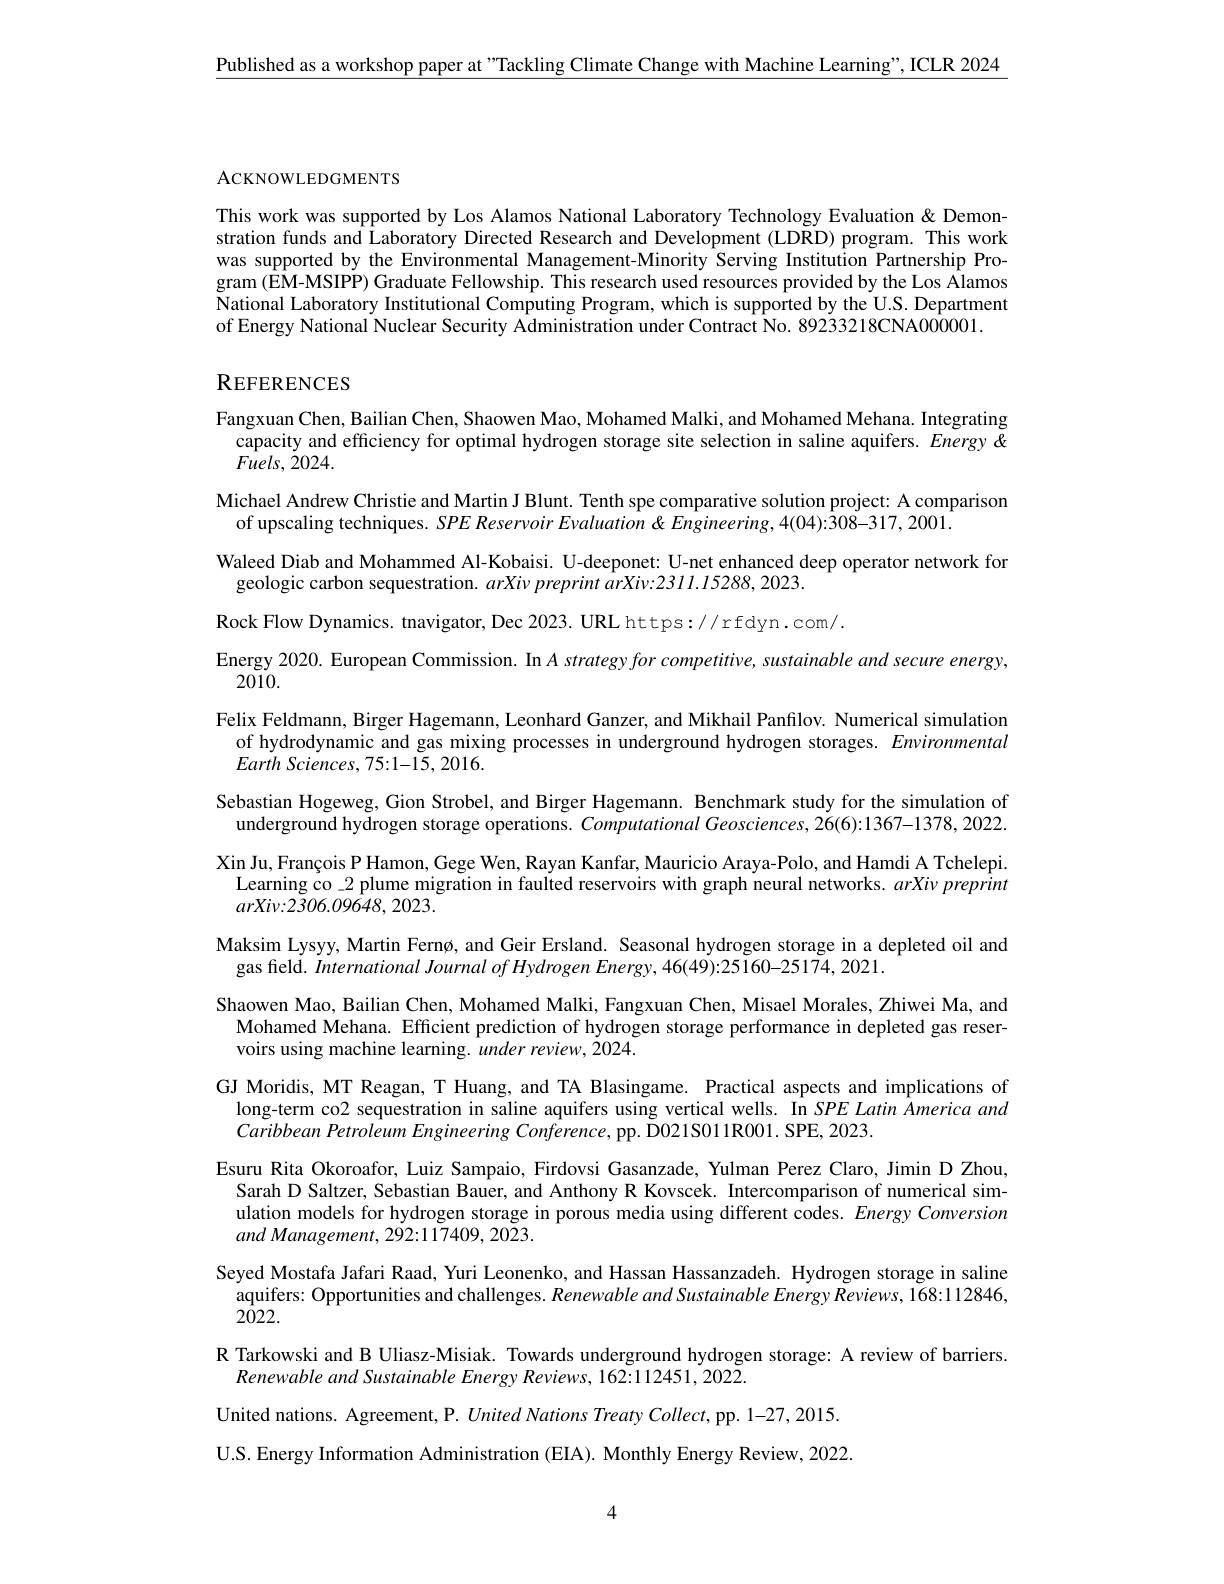
$\underline{\text{Published as a workshop paper at "Tackling Climate Change with Machine Learning", ICLR 2024}}$

ACKNOWLEDGMENTS

This work was supported by Los Alamos National Laboratory Technology Evaluation& Demonstration funds and Laboratory Directed Research and Development (LDRD) program. This work was supported by the Environmental Management-Minority Serving Institution Partnership Program (EM-MSIPP) Graduate Fellowship. This research used resources provided by the Los Alamos National Laboratory Institutional Computing Program, which is supported by the U.S. Department of Energy National Nuclear Security Administration under Contract No. 89233218CNA000001.

## REFERENCES

Fangxuan Chen, Bailian Chen, Shaowen Mao, Mohamed Malki, and Mohamed Mehana. Integrating
capacity and efficiency for optimal hydrogen storage site selection in saline aquifers. Energy &
$Fuels,2024.$
Michael Andrew Christie and Martin J Blunt. Tenth spe comparative solution project: A comparison
of upscaling techniques. SPE Reservoir Evaluation & Engineering, 4(04):308-317, 2001.
Waleed Diab and Mohammed Al-Kobaisi. U-deeponet: U-net enhanced deep operator network for
geologic carbon sequestration. arXivpreprint arXiv:2311.15288,2023.
Rock Flow Dynamics. tnavigator, Dec 2023. URL https:// rfdyn.com/.
Energy 2020. European Commission. In $A\textit{strategyfor competitive, sustainable and secure energy, }$
2010.
Felix Feldmann, Birger Hagemann, Leonhard Ganzer, and Mikhail Panfilov. Numerical simulation of hydrodynamic and gas mixing processes in underground hydrogen storages. Environmental $Earth\textit{Sciences, 75: 1- 15, 2016. }$
Sebastian Hogeweg, Gion Strobel, and Birger Hagemann. Benchmark study for the simulation of
underground hydrogen storage operations. Computational Geosciences, 26(6):1367-1378, 2022. Xin Ju, François P Hamon, Gege Wen, Rayan Kanfar, Mauricio Araya-Polo, and Hamdi A Tchelepi. Learning co\_2 plume migration in faulted reservoirs with graph neural networks. $arXi\nu preprint$ $arXiv{:}2306.09648,2023.$
Maksim Lysyy, Martin Fernø, and Geir Ersland. Seasonal hydrogen storage in a depleted oil and
gas field. International Journal of Hydrogen Energy, 46(49):25160-25174, 2021.
Shaowen Mao, Bailian Chen, Mohamed Malki, Fangxuan Chen, Misael Morales, Zhiwei Ma, and Mohamed Mehana. Efficient prediction of hydrogen storage performance in depleted gas reservoirs using machine learning. $under\textit{review, 2024. }$
GJ Moridis, MT Reagan, T Huang, and TA Blasingame. Practical aspects and implications of
long-term co2 sequestration in saline aquifers using vertical wells. In SPE Latin America and
Caribbean Petroleum Engineering Conference, pp. D021S011R001. SPE, 2023.
Esuru Rita Okoroafor, Luiz Sampaio, Firdovsi Gasanzade, Yulman Perez Claro, Jimin D Zhou,
Sarah D Saltzer, Sebastian Bauer, and Anthony R Kovscek. Intercomparison of numerical simulation models for hydrogen storage in porous media using different codes. Energy Conversion and Management, 292:117409, 2023.
Seyed Mostafa Jafari Raad, Yuri Leonenko, and Hassan Hassanzadeh. Hydrogen storage in saline
aquifers: Opportunities and challenges. Renewable and Sustainable Energy Reviews, 168:112846,
$2\bar{0}22.$
R Tarkowski and B Uliasz-Misiak. Towards underground hydrogen storage: A review of barriers.
Renewable and Sustainable Energy Reviews, 162:112451, 2022
United nations. Agreement, P. United Nations Treaty Collect, pp. 1-27, 2015. U.S. Energy Information Administration (EIA). Monthly Energy Review, 2022.

4